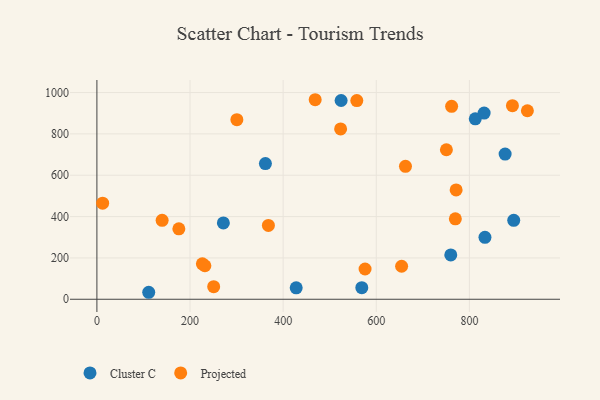
{"axis": {"x": "Experience", "y": "Yield"}, "legend": ["Cluster C", "Projected"], "data": [{"x": "812.6", "y": 873.0, "type": "Cluster C"}, {"x": "568.9", "y": 56.0, "type": "Cluster C"}, {"x": "831.6", "y": 900.8, "type": "Cluster C"}, {"x": "876.7", "y": 702.3, "type": "Cluster C"}, {"x": "833.4", "y": 299.8, "type": "Cluster C"}, {"x": "760.0", "y": 214.7, "type": "Cluster C"}, {"x": "428.0", "y": 55.5, "type": "Cluster C"}, {"x": "111.3", "y": 33.8, "type": "Cluster C"}, {"x": "361.9", "y": 656.3, "type": "Cluster C"}, {"x": "895.2", "y": 381.8, "type": "Cluster C"}, {"x": "271.6", "y": 369.3, "type": "Cluster C"}, {"x": "524.5", "y": 961.6, "type": "Cluster C"}, {"x": "771.5", "y": 529.1, "type": "Projected"}, {"x": "662.7", "y": 643.2, "type": "Projected"}, {"x": "300.6", "y": 868.6, "type": "Projected"}, {"x": "523.4", "y": 824.2, "type": "Projected"}, {"x": "575.9", "y": 146.3, "type": "Projected"}, {"x": "226.5", "y": 171.5, "type": "Projected"}, {"x": "231.9", "y": 162.0, "type": "Projected"}, {"x": "654.4", "y": 159.6, "type": "Projected"}, {"x": "368.3", "y": 357.4, "type": "Projected"}, {"x": "12.3", "y": 464.8, "type": "Projected"}, {"x": "250.8", "y": 60.9, "type": "Projected"}, {"x": "750.6", "y": 723.4, "type": "Projected"}, {"x": "769.8", "y": 389.3, "type": "Projected"}, {"x": "468.8", "y": 965.3, "type": "Projected"}, {"x": "140.1", "y": 382.0, "type": "Projected"}, {"x": "176.0", "y": 340.8, "type": "Projected"}, {"x": "761.8", "y": 933.6, "type": "Projected"}, {"x": "924.5", "y": 911.9, "type": "Projected"}, {"x": "892.4", "y": 936.5, "type": "Projected"}, {"x": "558.2", "y": 961.0, "type": "Projected"}]}